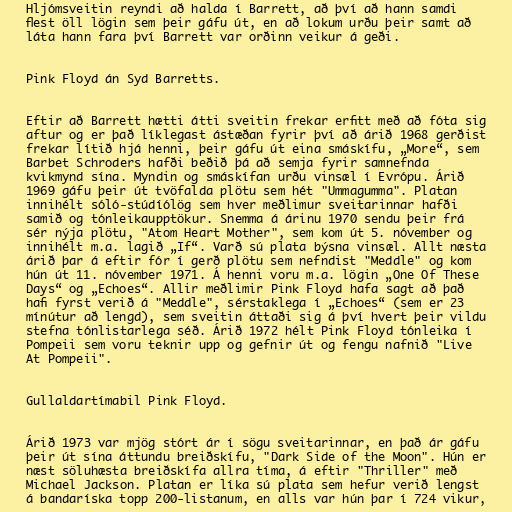
Hljómsveitin reyndi að halda í Barrett, að því að hann samdi
flest öll lögin sem þeir gáfu út, en að lokum urðu þeir samt að
láta hann fara því Barrett var orðinn veikur á geði.

Pink Floyd án Syd Barretts.

Eftir að Barrett hætti átti sveitin frekar erfitt með að fóta sig
aftur og er það líklegast ástæðan fyrir því að árið 1968 gerðist
frekar lítið hjá henni, þeir gáfu út eina smáskífu, „More“, sem
Barbet Schroders hafði beðið þá að semja fyrir samnefnda
kvikmynd sína. Myndin og smáskífan urðu vinsæl í Evrópu. Árið
1969 gáfu þeir út tvöfalda plötu sem hét "Ummagumma". Platan
innihélt sóló-stúdíólög sem hver meðlimur sveitarinnar hafði
samið og tónleikaupptökur. Snemma á árinu 1970 sendu þeir frá
sér nýja plötu, "Atom Heart Mother", sem kom út 5. nóvember og
innihélt m.a. lagið „If“. Varð sú plata býsna vinsæl. Allt næsta
árið þar á eftir fór í gerð plötu sem nefndist "Meddle" og kom
hún út 11. nóvember 1971. Á henni voru m.a. lögin „One Of These
Days“ og „Echoes“. Allir meðlimir Pink Floyd hafa sagt að það
hafi fyrst verið á "Meddle", sérstaklega í „Echoes“ (sem er 23
mínútur að lengd), sem sveitin áttaði sig á því hvert þeir vildu
stefna tónlistarlega séð. Árið 1972 hélt Pink Floyd tónleika í
Pompeii sem voru teknir upp og gefnir út og fengu nafnið "Live
At Pompeii".

Gullaldartímabil Pink Floyd.

Árið 1973 var mjög stórt ár í sögu sveitarinnar, en það ár gáfu
þeir út sína áttundu breiðskífu, "Dark Side of the Moon". Hún er
næst söluhæsta breiðskífa allra tíma, á eftir "Thriller" með
Michael Jackson. Platan er líka sú plata sem hefur verið lengst
á bandaríska topp 200-listanum, en alls var hún þar í 724 vikur,